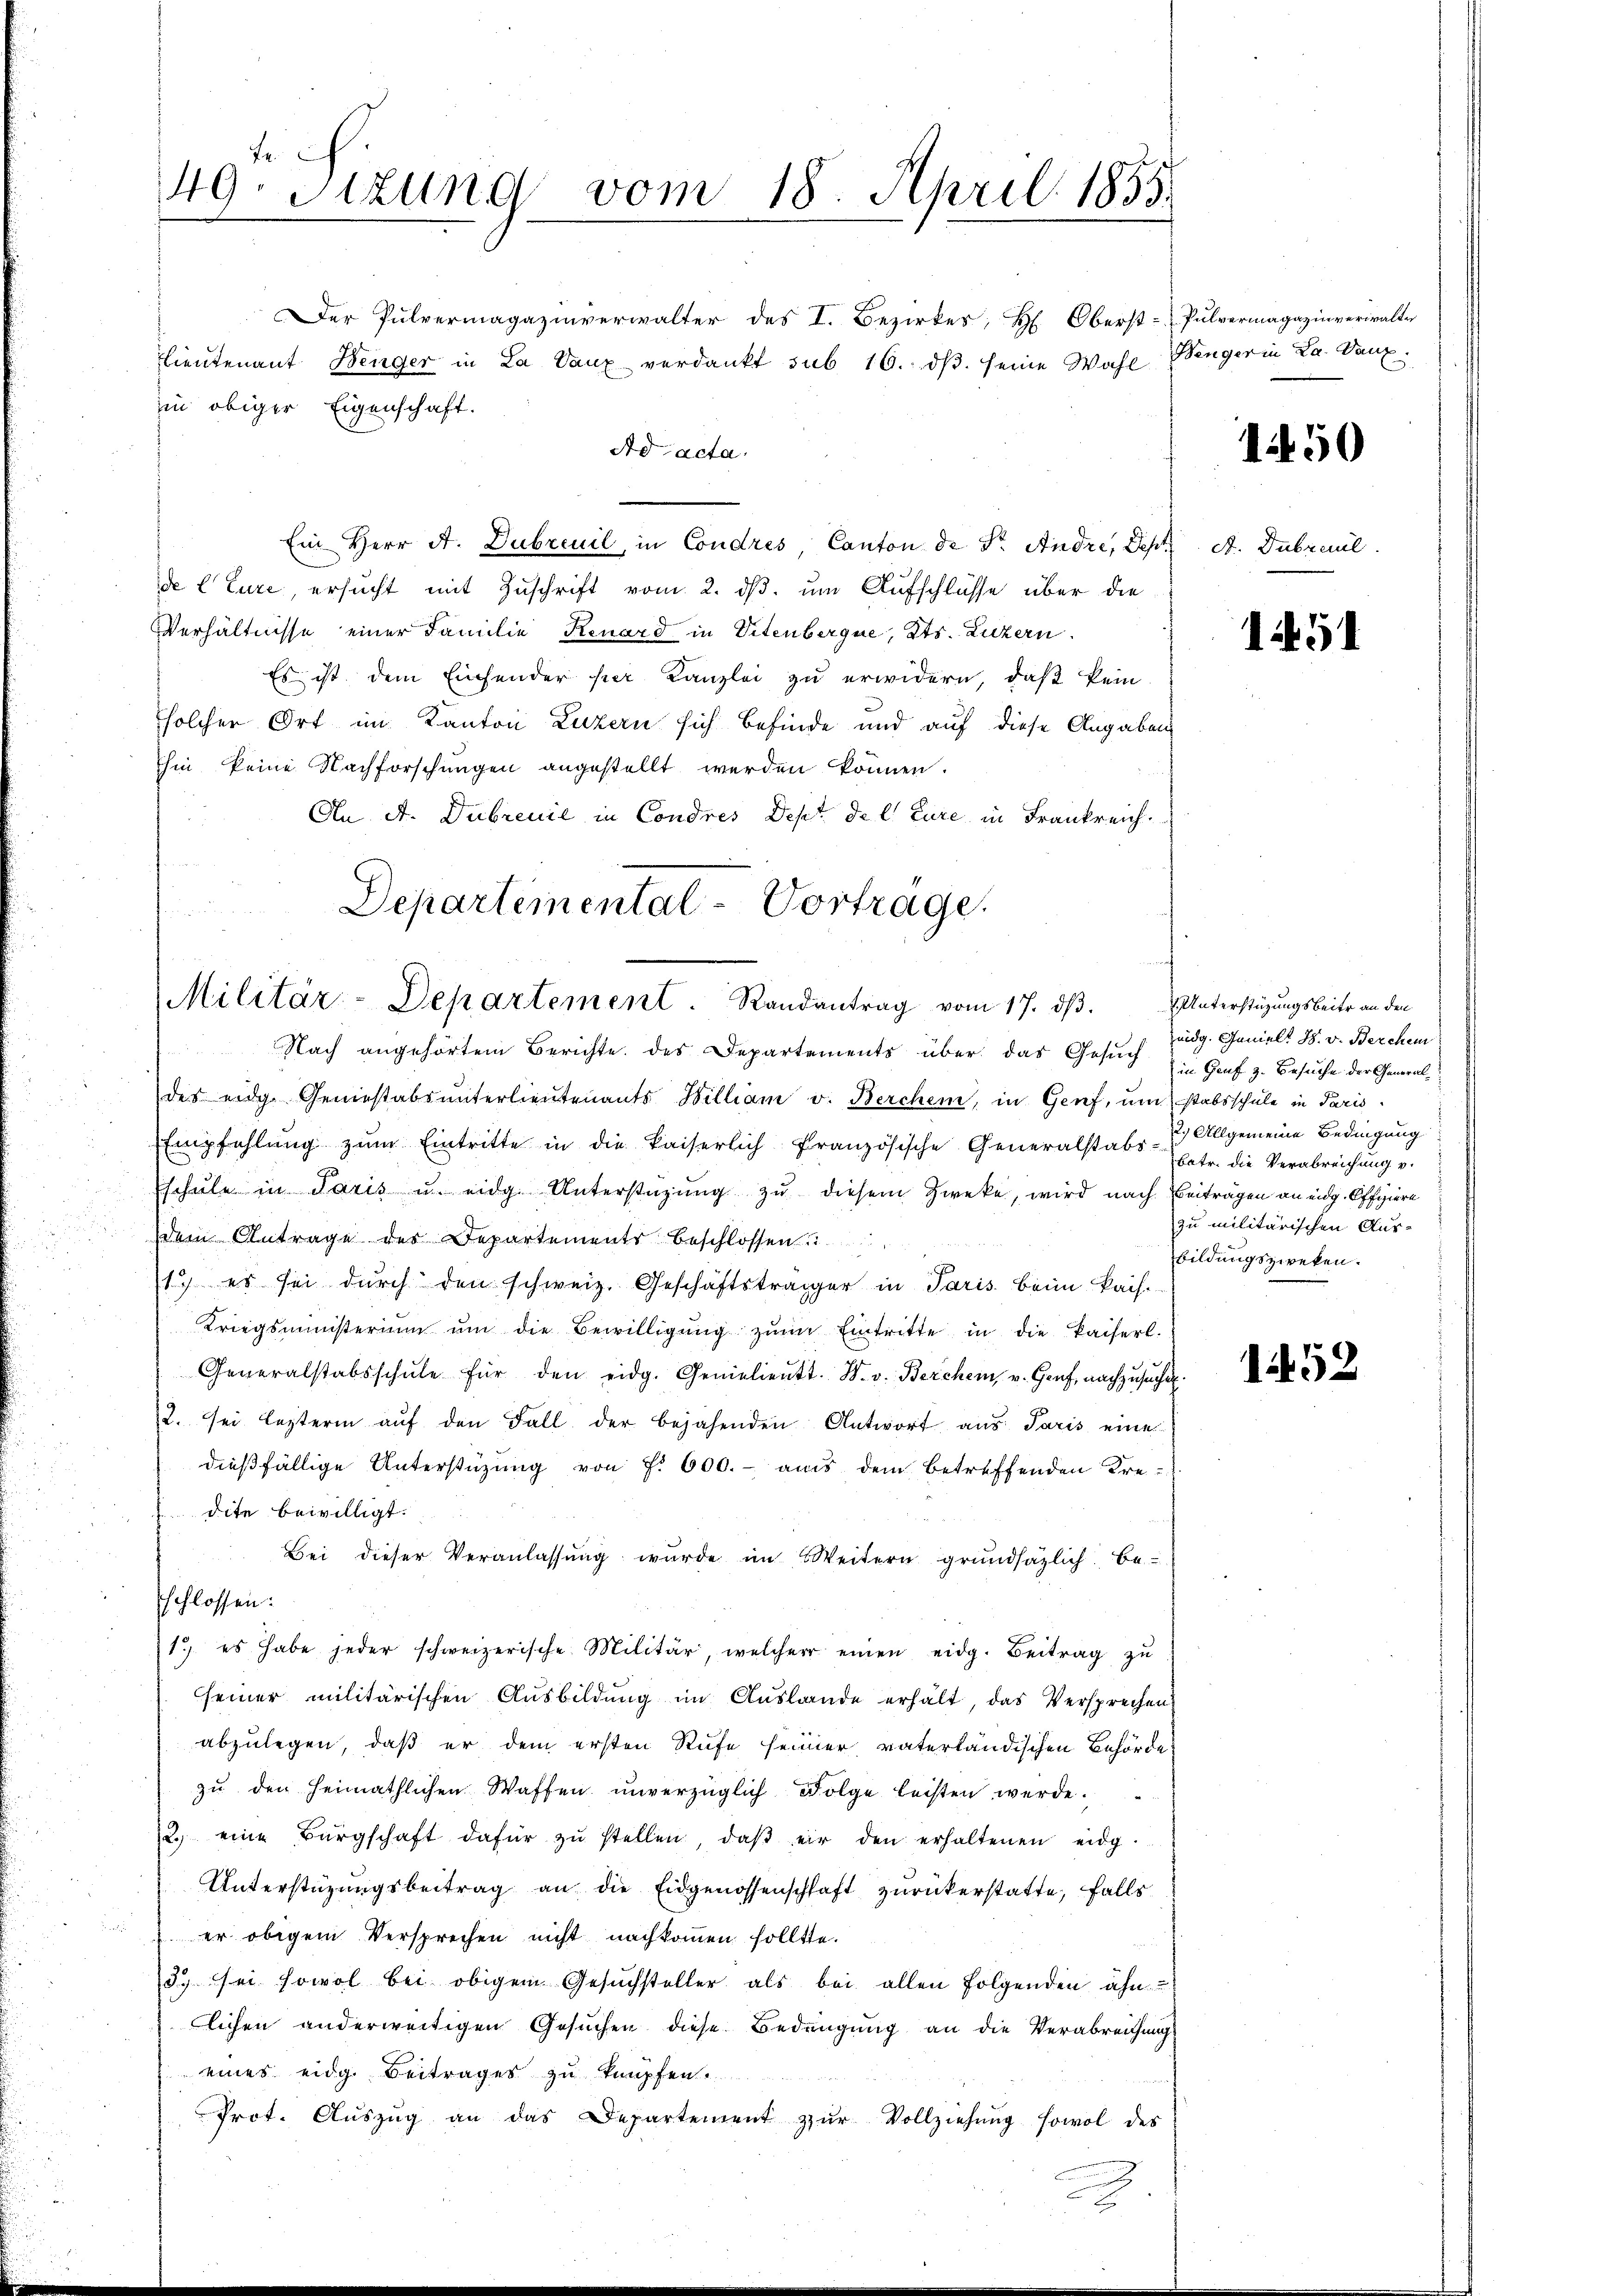
49. Sitzung vom 18. April 1855.

Der Pulvermagazinverwalter des I. Bezirkes, H. Oberst¬
Lieutenant Benger in La Vaux verdankt sub 16. dβ. seine Wahl
Ad acta.
Ein Herr A. Dubreuil, in Condres, Canton de Dr. Andre, Sept. A. Dubreul
de Cture, ersucht mit Zuschrift vom 2. ds. um Aufschlüsse über die
Verhältnisse einer Familie Renard in Vitenbergue, Kts. Luzern
Es ist dem Einsender hier Kanzlei zu erwidern, daß kein
solcher Ort im Kanton Luzern sich befinde und auf diese Angaben
hin keine Nachforschungen angestellt werden können.
An A. Dubreuil in Condres Dept de l Eure in Frankreich.

Departemental-Vorträge.
Militär-Departement. Randantrag vom 17. dβ. Unterstüzungsbeite an den
Nach angehörtem Berichte des Departements über das Gesuch in Graf z. Besuche der General¬

in obiger Eigenschaft.

des eidg. Geniestabsunterlieutenants Billiam v. Berchen, in Genf, um stabsschule in Paris
Empfehlŭng zŭm Eintritte in die kaiserlich französische Generalstabs - 2) Allgemeine Bedingung
schŭle in Paris u. eidg. Unterstüzung zŭ diesem Zweke, wird nach Beiträgen an eidg. Offiziere
dem Antrage der Departements beschlossen
1) es sei durch den schweiz. Geschäftsträger in Paris beim kais.
Kriegsministerium ŭm die Bewilligŭng zŭm Eintritte in die kaiserl.
Generalstabsschŭle für den eidg. Genielieŭtt. W. v. Berchen, v. Genf, nachzusucht.
2. sei lezterm aŭf den Fall der bejahenden Antwort aus Paris eine
dießfällige Unterstüzung von f. 600.- aus dem betreffenden Kre-
dite bewilligt.
Bei dieser Veranlassung wurde im Weitern grundsätzlich beschlossen:
1) es habe jeder schweizerische Militär, welcher einen eidg. Beitrag zŭ
seiner militärischen Ausbildung im Auslande erhält, das Versprechen
abzulegen, daß er dem ersten Rufe seiner vaterländischen Behörde
zu den heimathlichen Waffen unverzüglich Folge leisten werde.
2. eine Bürgschaft dafür zŭ stellen, daβ er den erhaltenen eidg
Unterstüzungsbeitrag an die Eidgenossenschaft zurückerstatte, falls
er obigem Versprechen nicht nachkommen sollte.
3. sei sowol bei obigem Gesuchsteller als bei allen folgenden ähn
lichen anderweitigen Gesuchen diese Bedingung an die Verabreichung
eines eidg. Beitrages zu knüpfen.
Prot. Aŭszŭg an das Departement zŭr Vollziehŭng sowol des

.

Pulvermagazinverwalter
Benger in La. Danz

1450

151

eidg. Janielt H. v. Berchen
batr. die Verabreichung v.
zu militärischen Ausbildungszweken.

1452